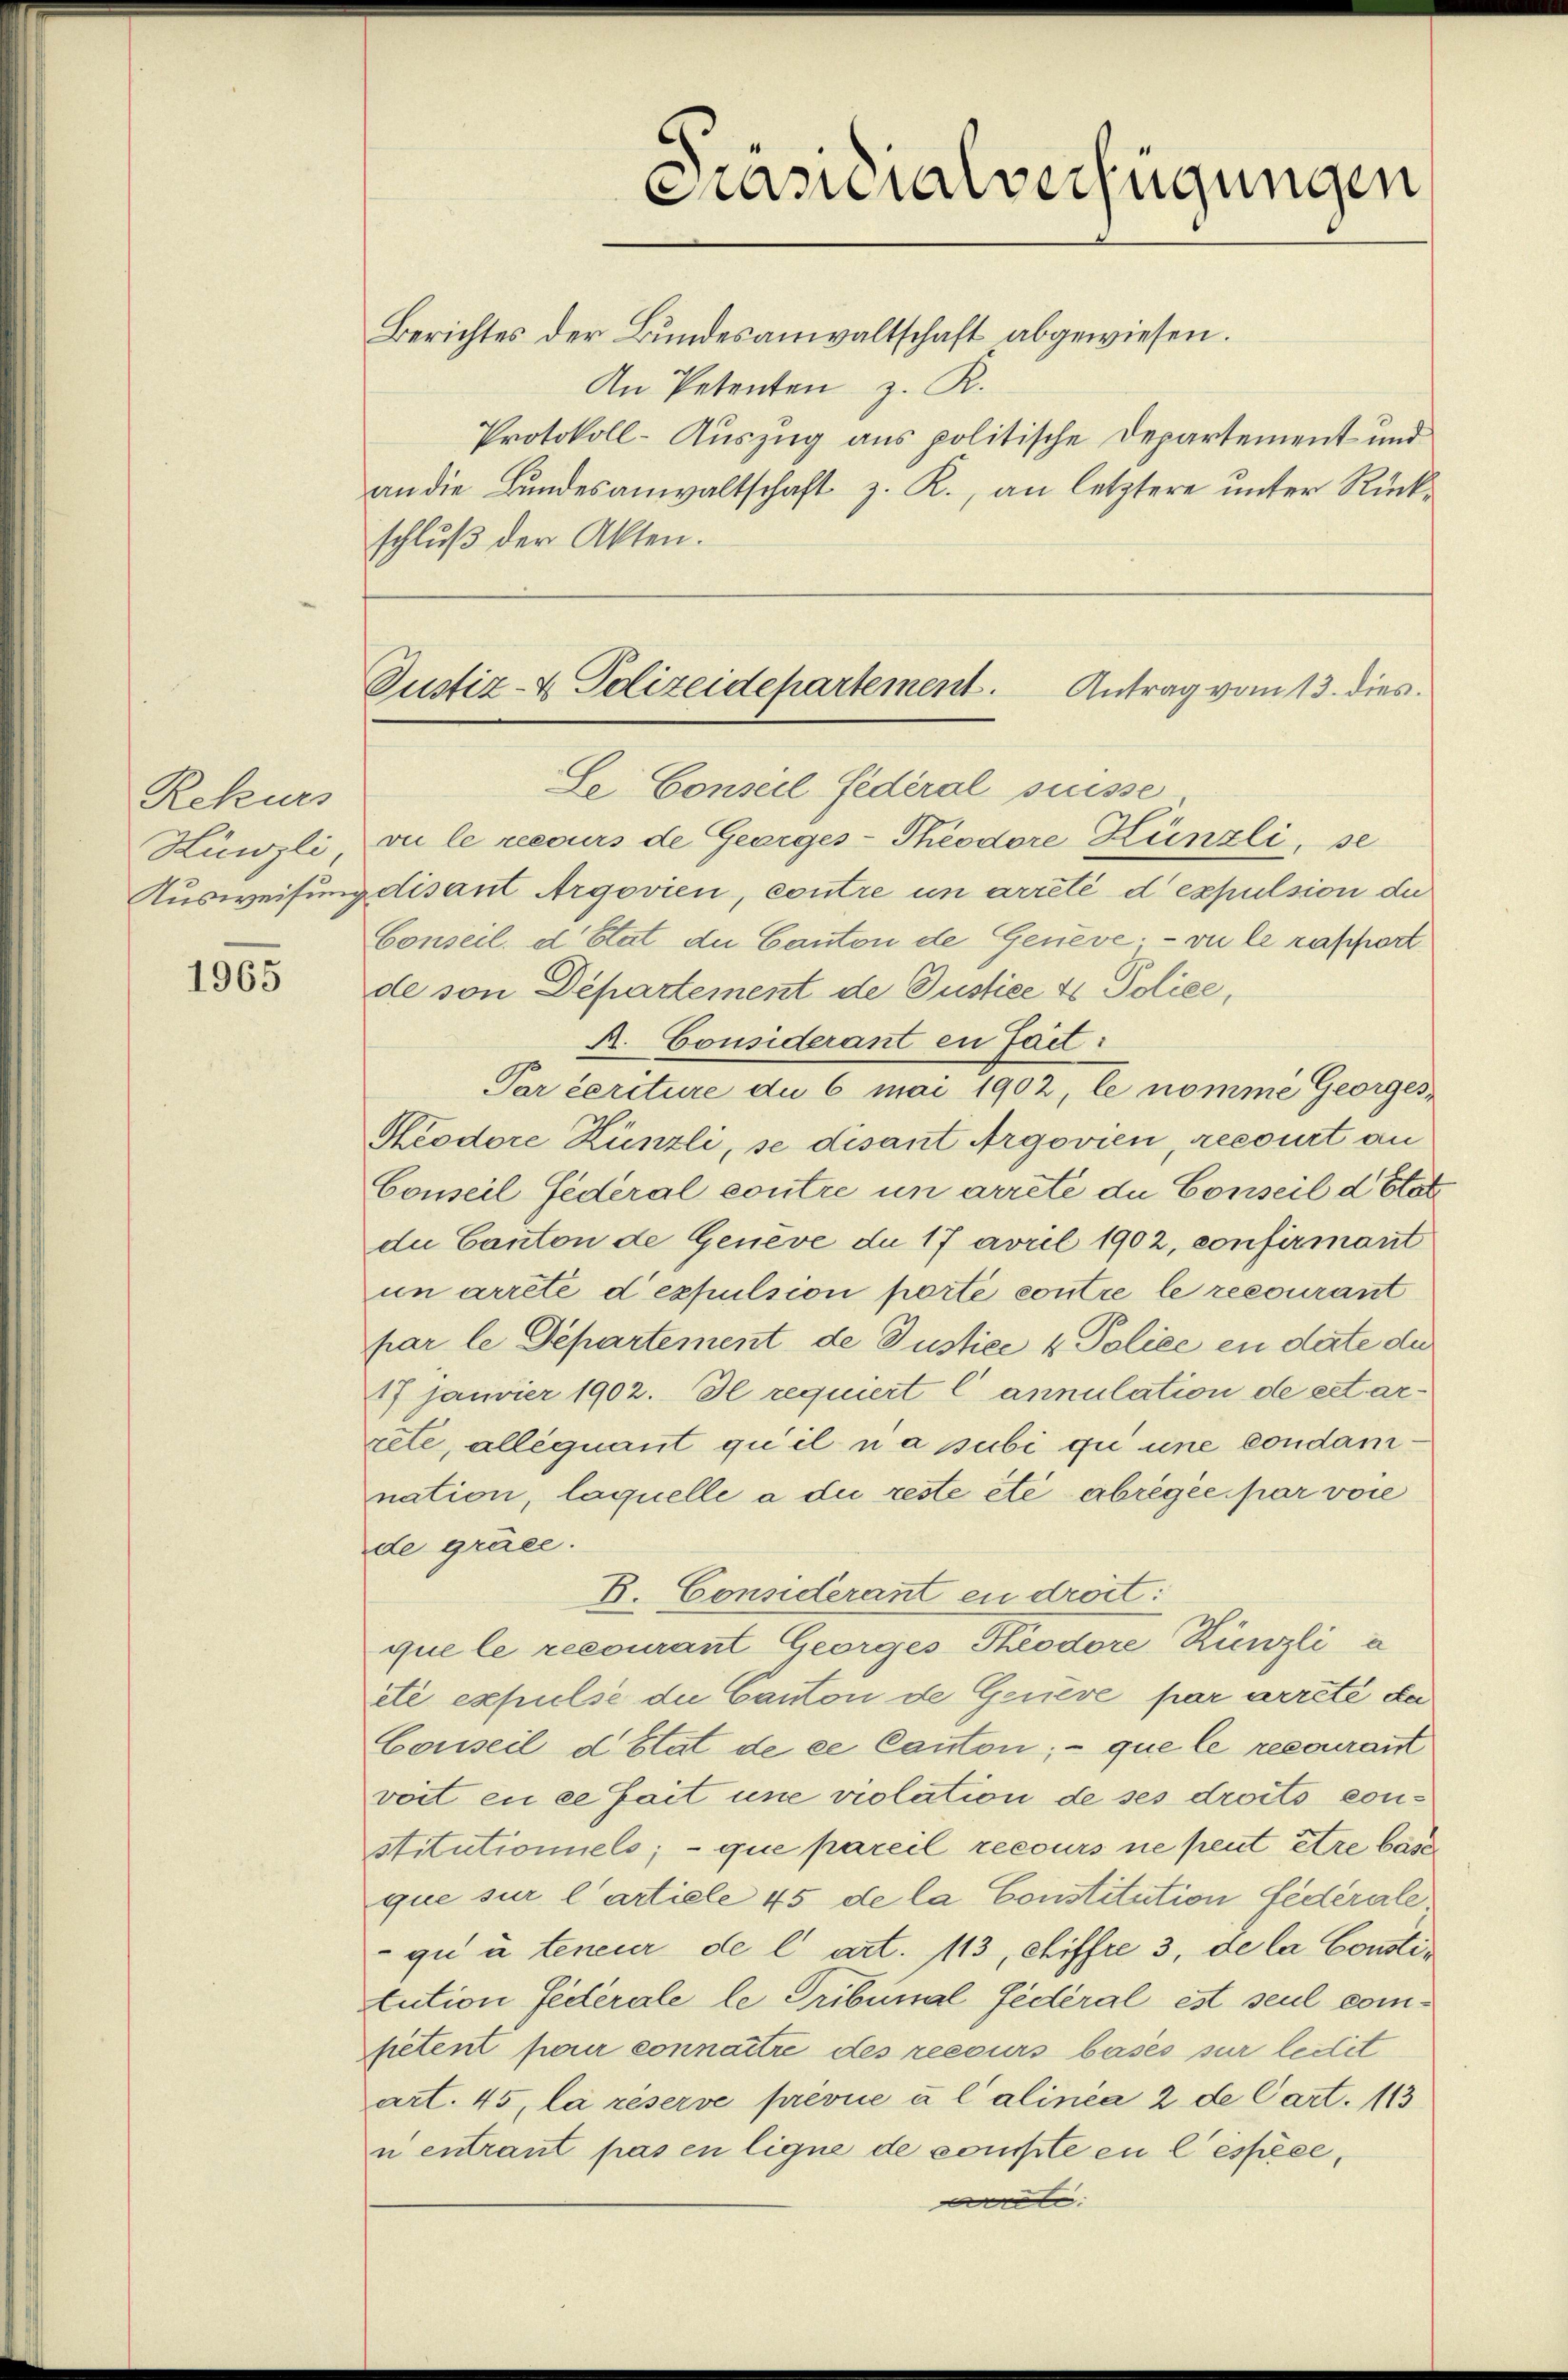
Rekurs
Hünzli
Ausweisung

1965

Prasuialverfügungen

Protokoll-Auszug aus politische Departement und
an die Bundesanwaltschaft z. R., an letztere unter Rück¬

Justiz- & Polizeidepartement. Antrag vom 13. dies

Berichtes der Bundesanwaltschaft abgewiesen.
An Petenten z. R.
schluß der Akten.
Le Conseil Federal Suisse
vu le recours de Georges-Theodore Hünzli, se
sdisant Argovien, contre in arreté dexpulsion de
Conseil d Etat du Canton de Geneve, - vu le rapport
de von Departement de Justice 4 Police,
A. Considerant en Fact:
Par certure du 6 mai 1902, le nomme Georges
Keodore Künzli, se disant Argovien, recourt an
Conseil Federal contre in arrete du Conseil d’Etat
die Canton de Geneve du 17 avril 1902, confirmant
un arrete d expulsion porte contre le recourant
par le Departement de Justice 4 Police en date die
17 janvier 1902. Il requiert C annulation de cet arrete, alléquant qu’il na subi qu une condamnation, laquelle a die reste etc abrégée par vore
de gruee.
B. Considerant en droit:
que le recourant Georges Theodore Künzli à
eté expulse die Canton de Geneve par arreté de
Conseil détat de ce Canton;- que le recourant
voit en ce fait une violation de ses droits constitutionnels; - que pareil recours ne peut être base
que sur l’artiele 45 de la Constitution fédérale
qu à teneur de l art. 113, chiffre 3, de la Constitution Federale le Tribunal fédéral est seul competent parir connaître des reecurs basés sur ledit
art. 45, la réserve prévue à l’alinea 2 de Cart. 113
n entrant pas en ligne de compte en lespèce,
le